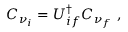
C _ { \nu _ { i } } = U _ { i f } ^ { \dagger } C _ { \nu _ { f } } \ ,